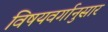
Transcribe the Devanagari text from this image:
विषयवर्गानुसार